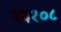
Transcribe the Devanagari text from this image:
१६१०८